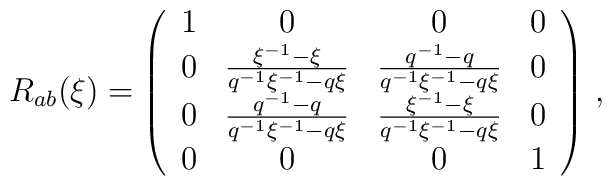
R_{ab}(\xi )=\left ( \begin{array}{cccc} 1 & 0 & 0 & 0 \\0 & \frac {\xi ^{-1}-\xi}{q^{-1}\xi ^{-1}-q\xi} & \frac{q^{-1}-q}{q^{-1}\xi ^{-1}-q\xi } & 0 \\0 & \frac {q^{-1}-q}{q^{-1}\xi ^{-1}-q\xi} &\frac{\xi ^{-1}-\xi }{q^{-1}\xi ^{-1}-q\xi } & 0 \\ 0 & 0 & 0 & 1 \end{array} \right)\, ,